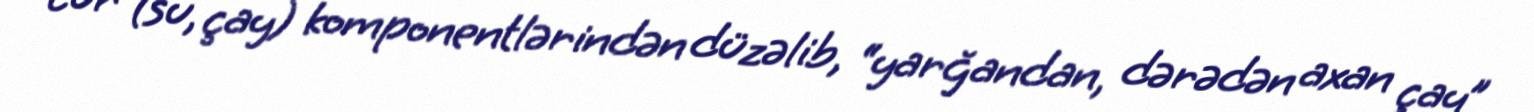
cur (su, çay) komponentlərindən düzəlib, “yarğandan, dərədən axan çay”